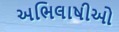
અભિલાષીઓ